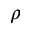
\rho